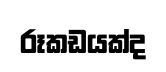
රූකඩයක්ද